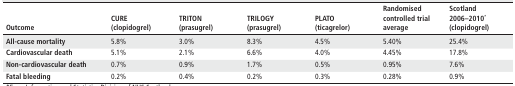
<table><thead><tr><td><b>Outcome</b></td><td><b>CURE(clopidogrel)</b></td><td><b>TRITON(prasugrel)</b></td><td><b>TRILOGY(prasugrel)</b></td><td><b>PLATO(ticagrelor)</b></td><td><b>Randomised controlled trial average</b></td><td><b>Scotland2006–2010<sup>*</sup>(clopidogrel)</b></td></tr></thead><tbody><tr><td><b>All-cause mortality</b></td><td>5.8%</td><td>3.0%</td><td>8.3%</td><td>4.5%</td><td>5.40%</td><td>25.4%</td></tr><tr><td><b>Cardiovascular death</b></td><td>5.1%</td><td>2.1%</td><td>6.6%</td><td>4.0%</td><td>4.45%</td><td>17.8%</td></tr><tr><td><b>Non-cardiovascular death</b></td><td>0.7%</td><td>0.9%</td><td>1.7%</td><td>0.5%</td><td>0.95%</td><td>7.6%</td></tr><tr><td><b>Fatal bleeding</b></td><td>0.2%</td><td>0.4%</td><td>0.2%</td><td>0.3%</td><td>0.28%</td><td>0.9%</td></tr></tbody></table>